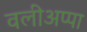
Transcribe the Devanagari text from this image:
वलीअप्पा